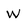
Character: w